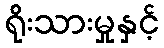
ရိုးသားမှုနှင့်